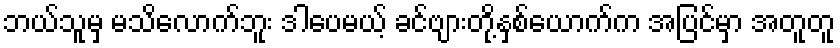
ဘယ်သူမှ မသိလောက်ဘူး ဒါပေမယ့် ခင်ဗျားတို့နှစ်ယောက်က အပြင်မှာ အတူတူ